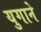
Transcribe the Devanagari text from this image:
युगाने